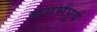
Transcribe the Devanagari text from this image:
सगर्भपूर्व